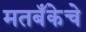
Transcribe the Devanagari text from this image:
मतबँकेचे